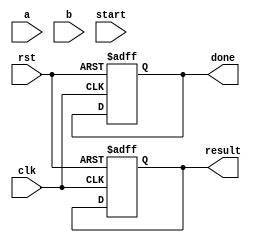
module fp_multiplier (
    input clk,
    input rst,
    input [31:0] a, // First floating-point input
    input [31:0] b, // Second floating-point input
    input start,     // Signal to start the multiplication
    output reg [31:0] result, // Final floating-point output
    output reg done     // Signal indicating that multiplication is done
);

    // Internal registers for pipeline stages
    reg [31:0] reg_a, reg_b;
    reg [1:0] stage;

    // Decomposed fields
    reg sign_a, sign_b, sign_out;
    reg [7:0] exp_a, exp_b, exp_out;
    reg [22:0] mant_a, mant_b, mant_out;
    reg [47:0] mant_mult; // 23*23 = 46 + 1 for normalization

    // Stage handling
    always @(posedge clk or posedge rst) begin
        if (rst) begin
            stage <= 0;
            result <= 0;
            done <= 0;
        end else begin
            case (stage)
                0: begin // Input Stage
                    if (start) begin
                        reg_a <= a;
                        reg_b <= b;
                        stage <= 1;
                    end
                end
                1: begin // Sign Calculation
                    sign_a <= reg_a[31];
                    sign_b <= reg_b[31];
                    sign_out <= sign_a ^ sign_b; // XOR for sign
                    exp_a <= reg_a[30:23];
                    exp_b <= reg_b[30:23];
                    stage <= 2;
                end
                2: begin // Exponent Calculation
                    mant_a <= {1'b1, reg_a[22:0]}; // Implicit leading 1
                    mant_b <= {1'b1, reg_b[22:0]}; // Implicit leading 1
                    exp_out <= exp_a + exp_b - 8'd127; // Adjust for bias
                    stage <= 3;
                end
                3: begin // Mantissa Multiplication
                    mant_mult <= mant_a * mant_b; // Mantissa multiplication
                    // Check for normalization here (simple shift example)
                    if (mant_mult[47]) begin
                        mant_out <= mant_mult[46:24]; // normalized
                        exp_out <= exp_out + 1; // adjust exponent
                    end else begin
                        mant_out <= mant_mult[45:23]; // normalized
                    end
                    stage <= 4;
                end
                4: begin // Output Stage
                    result <= {sign_out, exp_out[7:0], mant_out[22:0]};
                    done <= 1; // Operation complete
                    stage <= 0; // Go back to idle state
                end
            endcase
        end
    end
endmodule